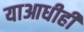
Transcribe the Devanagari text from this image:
याआधीही